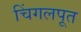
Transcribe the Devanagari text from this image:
चिंगलपूत